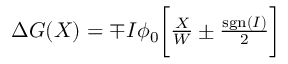
\begin{array} { r } { \Delta G ( X ) = \mp I \phi _ { 0 } \biggl [ \frac { X } { W } \pm \frac { \mathrm { s g n } ( I ) } { 2 } \biggr ] } \end{array}